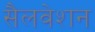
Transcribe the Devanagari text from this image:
सैलवेशन